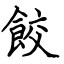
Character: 餃